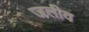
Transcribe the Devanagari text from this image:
जलीव